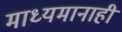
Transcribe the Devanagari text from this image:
माध्यमानाही